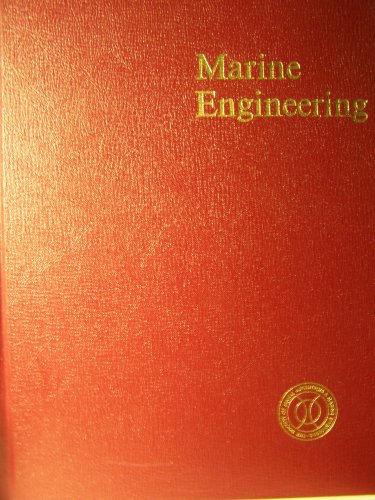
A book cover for Marine Engineering; Engineering & Transportation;